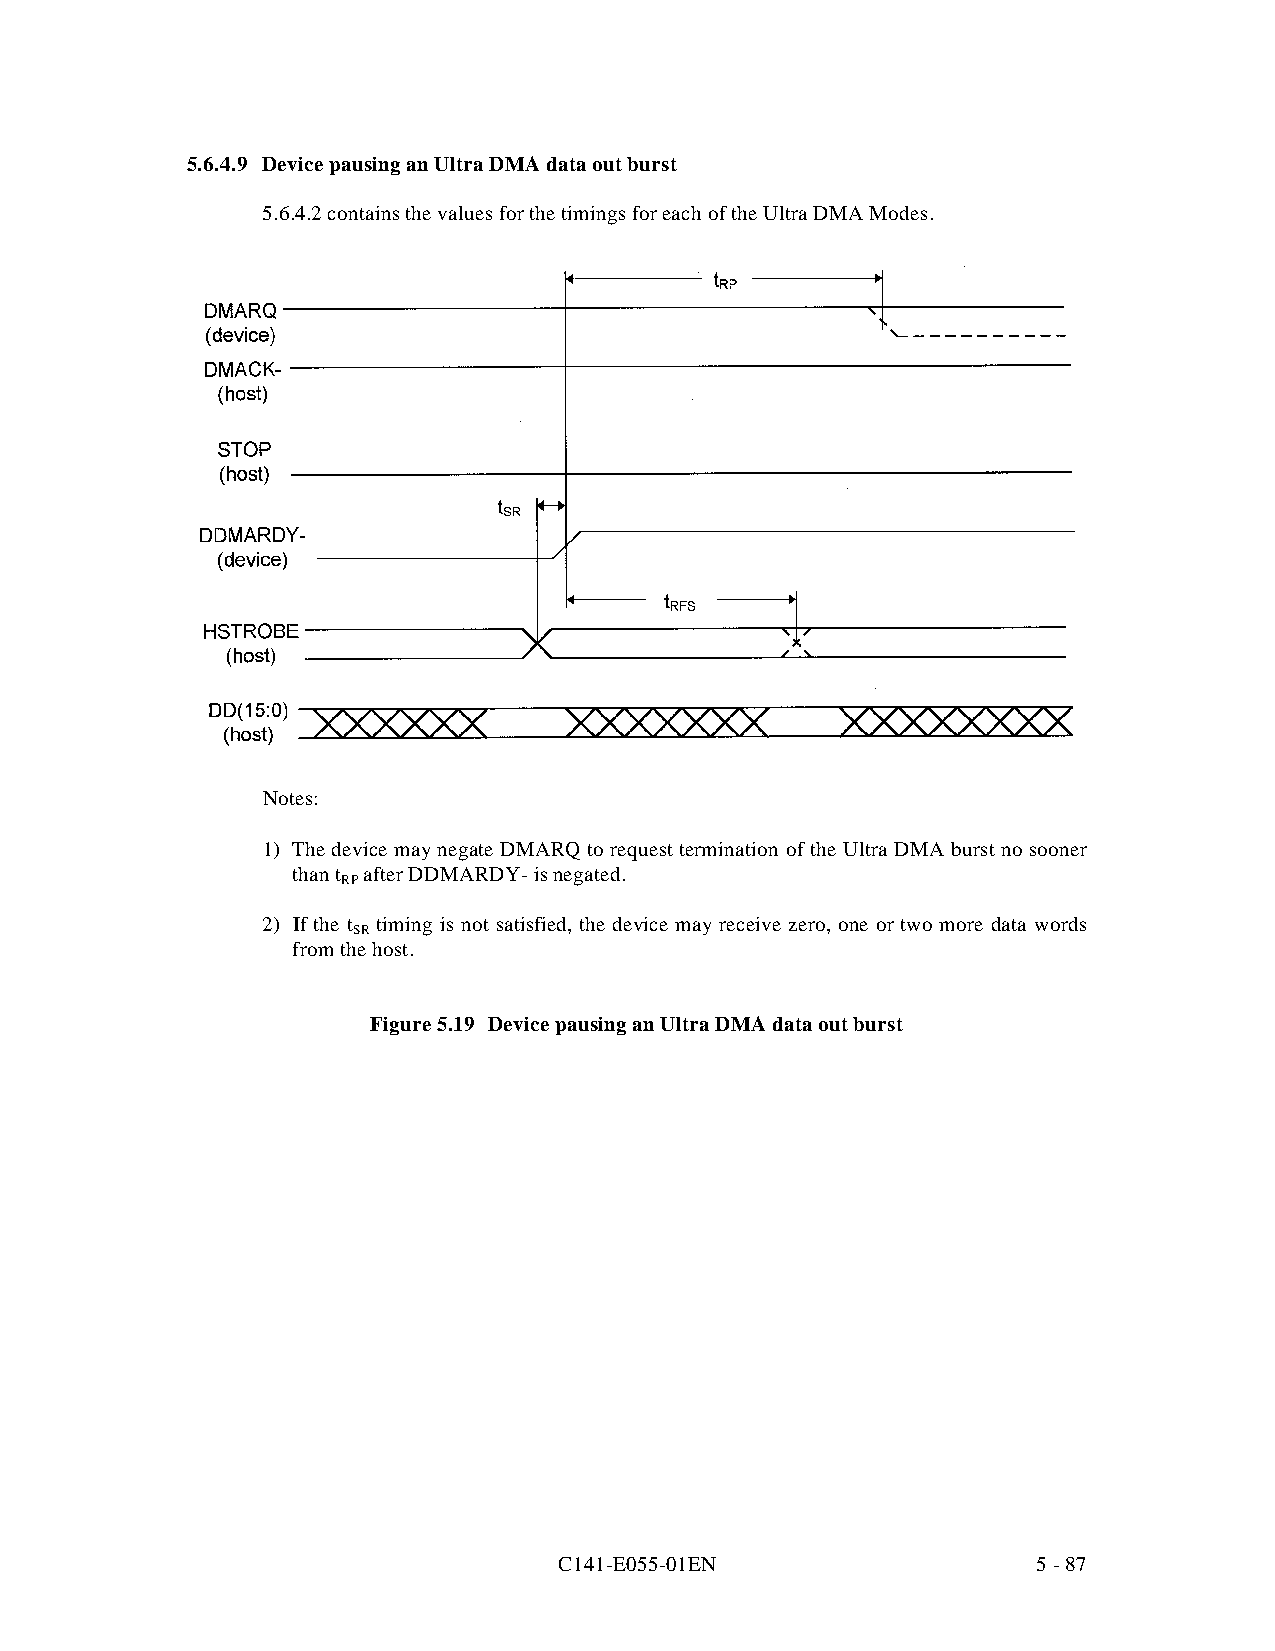
5.6.4.9 Device pausing an Ultra DMA data out burst
 5.6.4.2 contains the values for the timings for each of the Ultra DMA Modes.
 Notes:
 1) The device may negate DMARQ to request t ermination of the Ultra DMA burst no sooner
 than t after DDMARDY- is negated.
 RP
 2) If the t timing is not satisfied, the device may receive zero, one or two more data words
 SR
 from the host.
 Figure 5.19 Device pausing an Ultra DMA data out burst
 C141-E055-01EN                  5 - 87